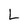
Character: L